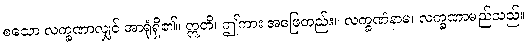
စသော လက္ခဏာလျှင် အာရုံရှိ၏။ ဣတိ၊ ဤကား အဖြေတည်း။ လက္ခဏံနာမ၊ လက္ခဏာမည်သည်။